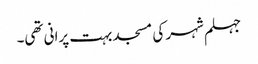
جہلم شہر کی مسجد بہت پرانی تھی۔